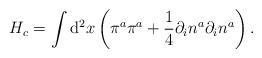
LaTeX: \begin{align*}H_c=\int{\rm d}^{2}x\left(\pi^{a}\pi^{a} +\frac{1}{4}\partial_{i}n^{a}\partial_{i}n^{a}\right).\end{align*}